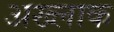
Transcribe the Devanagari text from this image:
अख्लाक